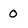
Character: 0